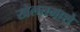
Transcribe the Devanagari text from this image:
खेलतमाशे